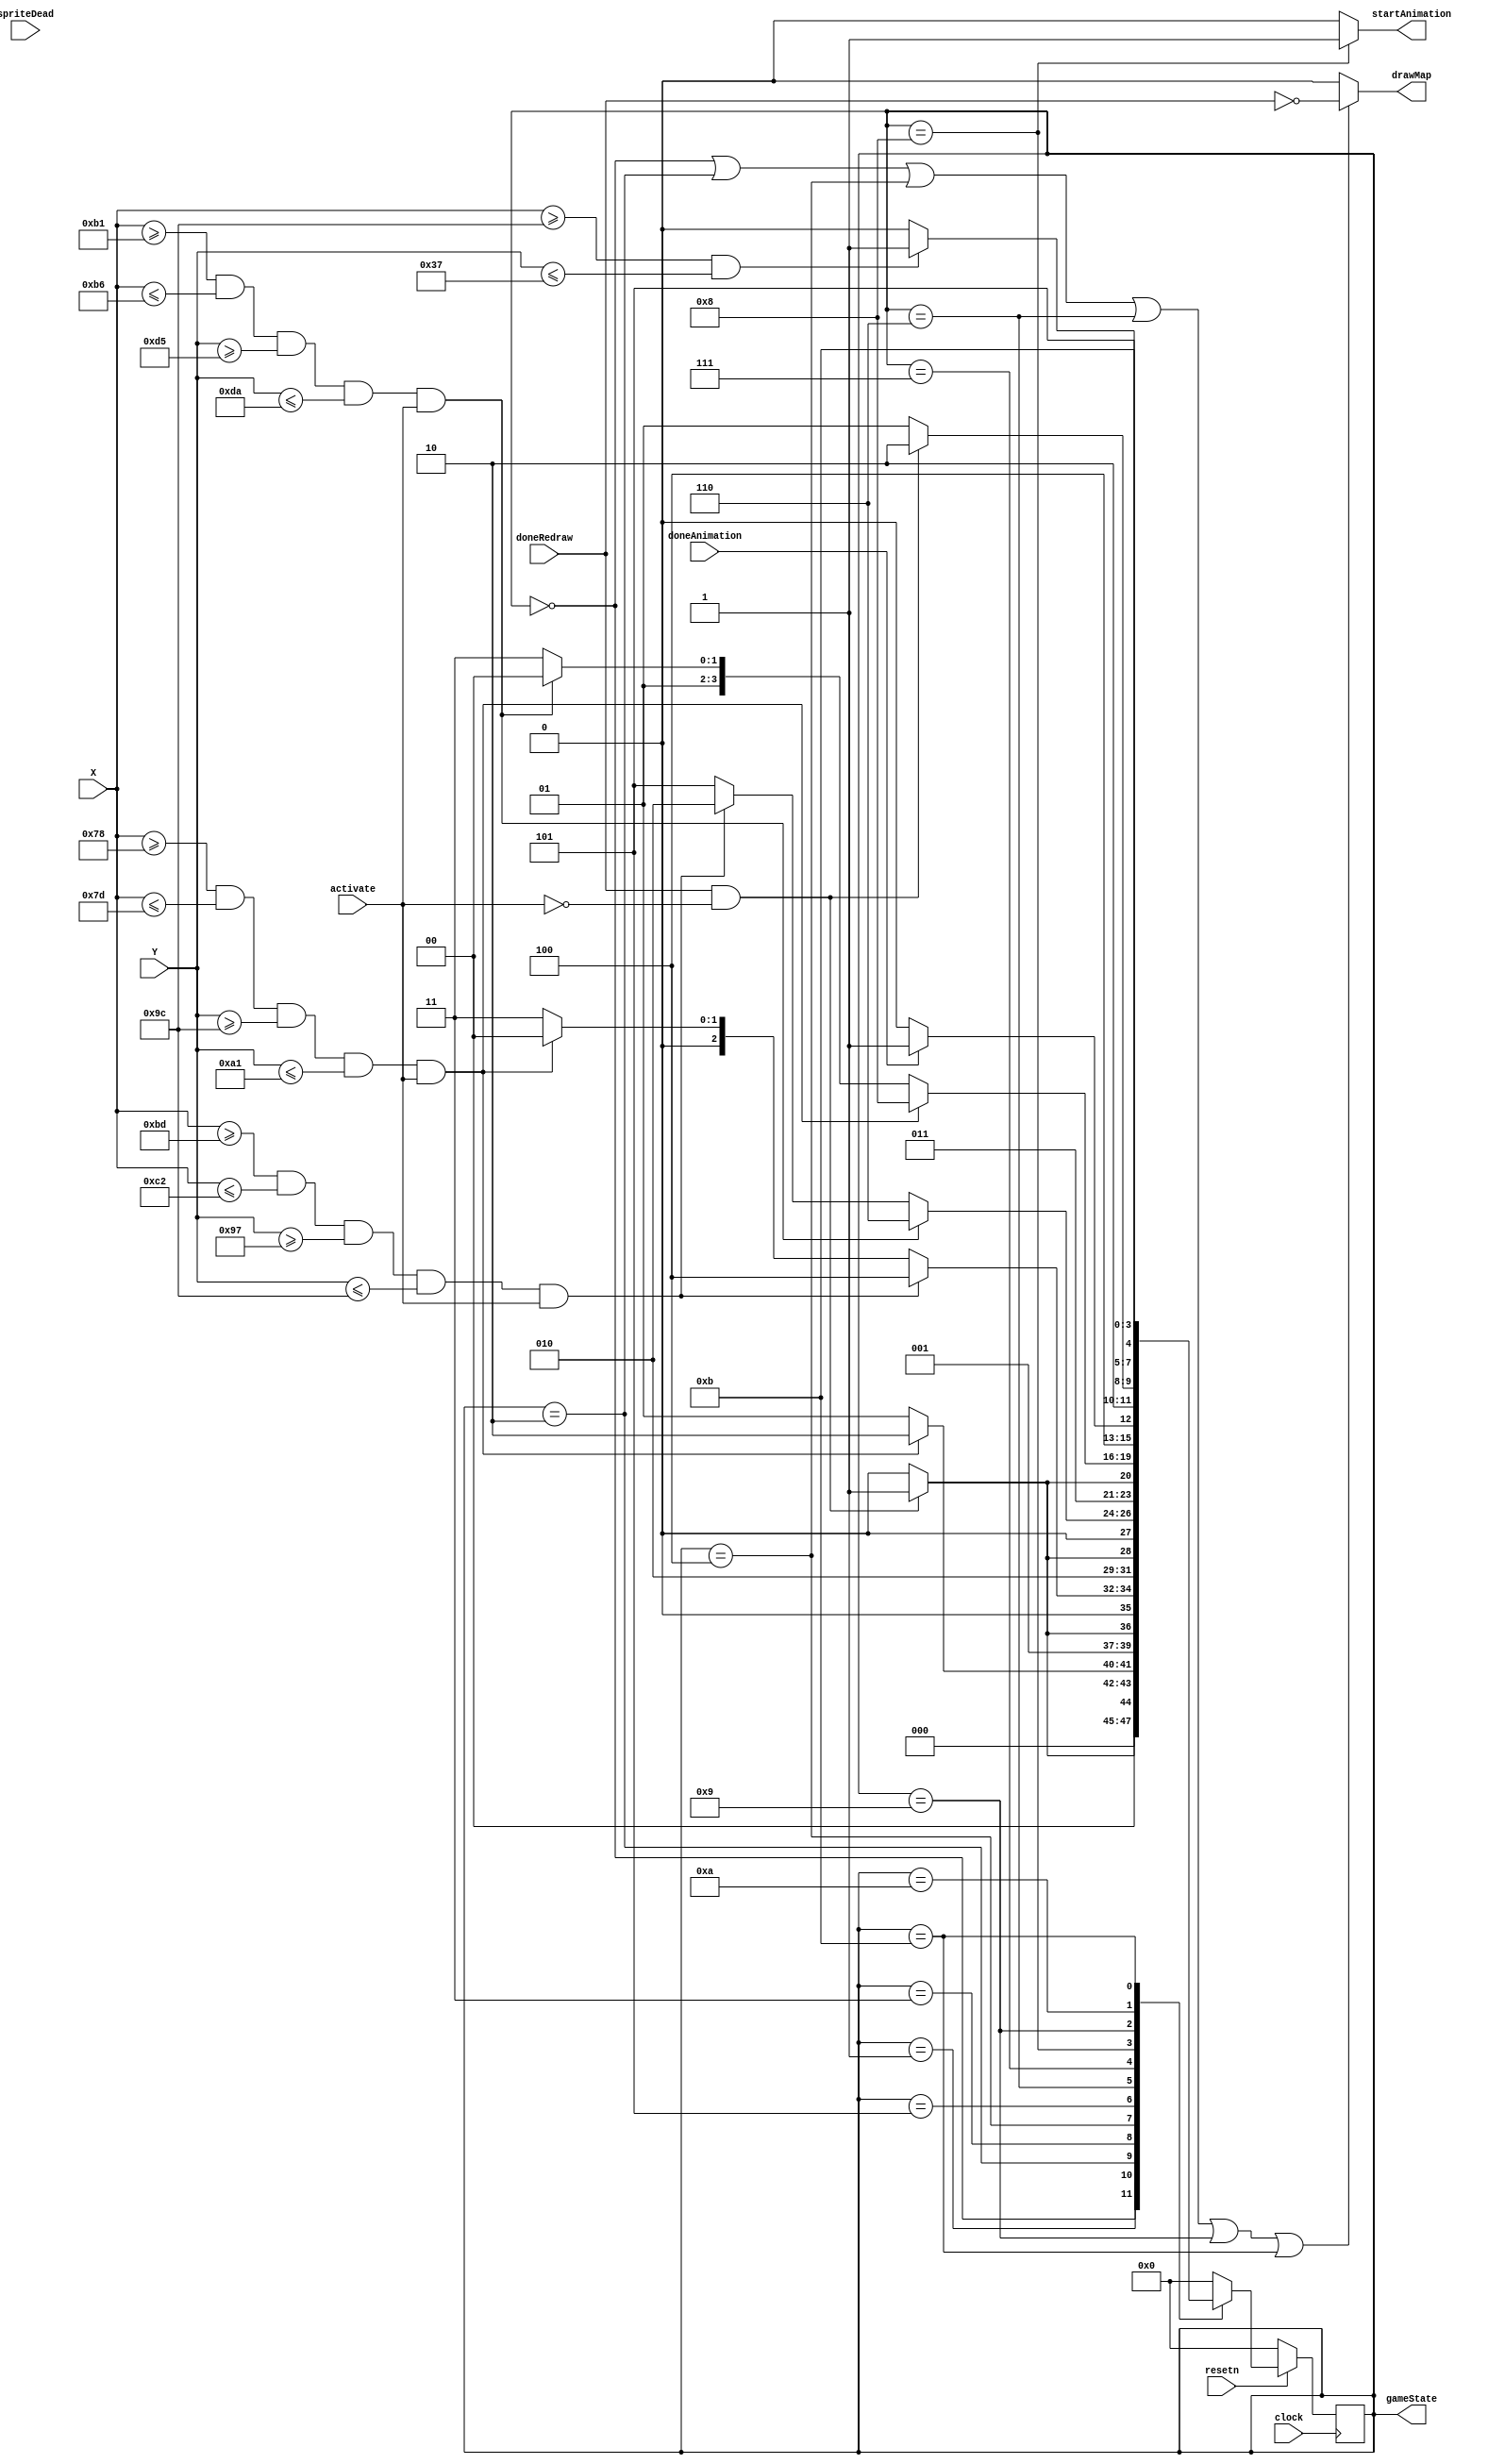
// These modules control the state of the game
// States change when the character is on an activation square and presses a key
// Enable signal is required to ensure that states don't change back and forth immediately

module GameState(
  input clock, resetn, spriteDead, doneRedraw, doneAnimation,
  input activate,
  // Position of the sprite
  input [8:0] X,
  input [7:0] Y,

  output reg drawMap, startAnimation,
  output [3:0] gameState
);
  reg [3:0] currentState, nextState;
  assign gameState = currentState;

  // States called UPDATE_X refer to when the background is being redrawn to reflect the change
  // Might require wait states between update and formed states
  localparam
    DRAW_INITIAL = 4'd0,
    INITIAL = 4'd1,
    UPDATE_BRIDGE_1 = 4'd2,
    FORMED_BRIDGE_1 = 4'd3,
    UPDATE_BRIDGE_2 = 4'd4,
    FORMED_BRIDGE_2 = 4'd5,
    UPDATE_BRIDGE_3 = 4'd6,
    FORMED_BRIDGE_3 = 4'd7,
    ANIMATE_PILLAR = 4'd8,
    UPDATE_PILLAR = 4'd9,
    PILLAR_RISED = 4'd10,
    FINISHED_GAME = 4'd11;


  // state_table
  always @(*) begin
    case(currentState)
      DRAW_INITIAL: begin
        if (doneRedraw && !activate)
          nextState = INITIAL;
        else
          nextState = DRAW_INITIAL;
        end

      INITIAL: begin
        if (X >= 9'd120 && X <= 9'd125 && Y >= 9'd156 && Y <= 9'd161 && activate)
          nextState = UPDATE_BRIDGE_1;
        else
          nextState = INITIAL;
        end

      UPDATE_BRIDGE_1: begin
        if (doneRedraw && !activate)
          nextState = FORMED_BRIDGE_1;
        else
          nextState = UPDATE_BRIDGE_1;
        end

      FORMED_BRIDGE_1: begin
        if (X >= 9'd189 && X <= 9'd194 && Y >= 9'd151 && Y <= 9'd156 && activate)     // Proceed to next state
          nextState = UPDATE_BRIDGE_2;
        else if (X >= 9'd120 && X <= 9'd125 && Y >= 9'd156 && Y <= 9'd161 && activate)  // Return to previous
          nextState = DRAW_INITIAL;
        else
          nextState = FORMED_BRIDGE_1;
        end

      UPDATE_BRIDGE_2: begin
        if (doneRedraw && !activate)
          nextState = FORMED_BRIDGE_2;
        else
          nextState = UPDATE_BRIDGE_2;
        end

      FORMED_BRIDGE_2:  begin
        if (X >= 9'd177 && X <= 9'd182 && Y >= 9'd213 && Y <= 9'd218 && activate)     // Proceed to next state
          nextState = UPDATE_BRIDGE_3;
        else if (X >= 9'd189 && X <= 9'd194 && Y >= 9'd151 && Y <= 9'd156 && activate)  // Return to previous
          nextState = UPDATE_BRIDGE_1;
        else
          nextState = FORMED_BRIDGE_2;
        end

      UPDATE_BRIDGE_3: begin
        if (doneRedraw && !activate)
          nextState = FORMED_BRIDGE_3;
        else
          nextState = UPDATE_BRIDGE_3;
        end

      FORMED_BRIDGE_3:  begin
        if (X >= 9'd120 && X <= 9'd125 && Y >= 9'd156 && Y <= 9'd161 && activate)     // Proceed to next state
          nextState = ANIMATE_PILLAR;
        else if (X >= 9'd177 && X <= 9'd182 && Y >= 9'd213 && Y <= 9'd218 && activate)  // Return to previous
          nextState = UPDATE_BRIDGE_2;
        else
          nextState = FORMED_BRIDGE_3;
        end
      ANIMATE_PILLAR : begin
        if (doneAnimation)
          nextState = UPDATE_PILLAR;
        else
          nextState = ANIMATE_PILLAR;
      end
      UPDATE_PILLAR: begin
        if (doneRedraw && !activate)
          nextState = PILLAR_RISED;
        else
          nextState = UPDATE_PILLAR;
        end

      PILLAR_RISED: begin
        if (X >= 9'd156 && (Y <= 9'd55))
          nextState = FINISHED_GAME;
        else
          nextState = PILLAR_RISED;
        end

      FINISHED_GAME:
        nextState = FINISHED_GAME;
      default:  nextState = DRAW_INITIAL;
    endcase
  end


  // TELL THE MAPDRAWER TO DRAW THE MAP AT THESE STATES
  always @(*) begin
    if (currentState == DRAW_INITIAL || currentState == UPDATE_BRIDGE_1 || currentState ==  UPDATE_BRIDGE_2 || currentState == UPDATE_BRIDGE_3 ||
        currentState == UPDATE_PILLAR || currentState == FINISHED_GAME) begin
        drawMap = 1'b1 && !doneRedraw;
      end
    else
      drawMap = 1'b0;
    
    if (currentState == ANIMATE_PILLAR)
      startAnimation = 1'b1;
    else
      startAnimation = 1'b0;

  end


  always @(posedge clock) begin
    if (!resetn)
      currentState = DRAW_INITIAL;
    else
      currentState = nextState;
  end
endmodule